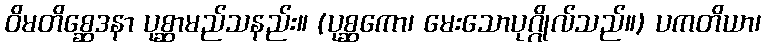
ဝိမတိစ္ဆေဒနာ ပုစ္ဆာမည်သနည်း။ (ပုစ္ဆကော၊ မေးသောပုဂ္ဂိုလ်သည်။) ပကတိယာ၊